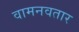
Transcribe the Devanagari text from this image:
वामनवतार